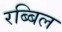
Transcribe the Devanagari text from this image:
रब्बिल